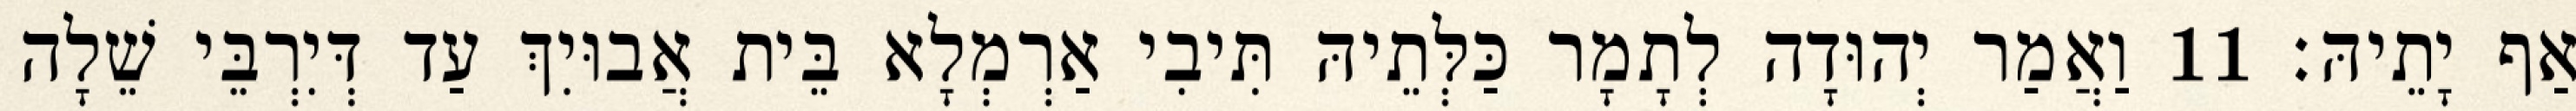
אַף יָתֵיהּ׃ 11 וַאֲמַר יְהוּדָה לְתָמָר כַּלְּתֵיהּ תִּיבִי אַרְמְלָא בֵּית אֲבוּיִךְ עַד דְּיִרְבֵּי שֵׁלָה